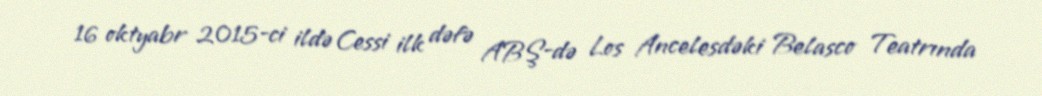
16 oktyabr 2015-ci ildə Cessi ilk dəfə ABŞ-də Los Ancelesdəki Belasco Teatrında